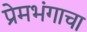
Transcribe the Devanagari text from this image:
प्रेमभंगाचा